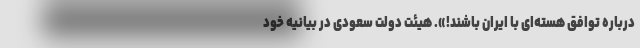
درباره توافق هسته‌ای با ایران باشند!». هیئت دولت سعودی در بیانیه خود